Indian journal of veterinary science and animal husbandry - Volume 2,
Year: 1932
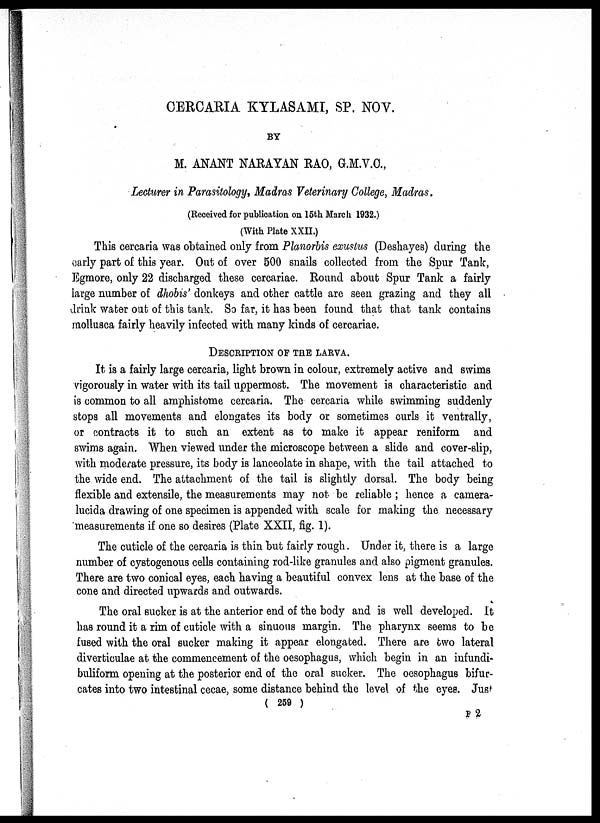
CERCARIA KYLASAMI, SP. NOV.
BY
M. ANANT NARAYAN RAO, G.M.V.C.,
Lecturer in Parasitology, Madras Veterinary College, Madras.
(Received for publication on 15th March 1932.)
(With Plate XXII.)
This cercaria was obtained only from Planorbis exustus (Deshayes) during the
carly part of this year. Out of over 500 snails collected from the Spur Tank,
Egmore, only 22 discharged these cercariae. Round about Spur Tank a fairly
large number of dhobis' donkeys and other cattle are seen grazing and they all
drink water out of this tank. So far, it has been found that that tank contains
mollusca fairly heavily infected with many kinds of cercariae.
DESCRIPTION OF THE LARVA.
It is a fairly large cercaria, light brown in colour, extremely active and swims
vigorously in water with its tail uppermost. The movement is characteristic and
is common to all amphistome cercaria. The cercaria while swimming suddenly
stops all movements and elongates its body or sometimes curls it ventrally,
or contracts it to such an extent as to make it appear reniform and
swims again. When viewed under the microscope between a slide and cover-slip,
with moderate pressure, its body is lanceolate in shape, with the tail attached to
the wide end. The attachment of the tail is slightly dorsal. The body being
flexible and extensile, the measurements may not be reliable; hence a camera¬
lucida drawing of one specimen is appended with scale for making the necessary
measurements if one so desires (Plate XXII, fig. 1).
The cuticle of the cercaria is thin but fairly rough. Under it, there is a large
number of cystogenous cells containing rod-like granules and also pigment granules.
There are two conical eyes, each having a beautiful convex lens at the base of the
cone and directed upwards and outwards.
The oral sucker is at the anterior end of the body and is well developed. It
has round it a rim of cuticle with a sinuous margin. The pharynx seems to be
fused with the oral sucker making it appear elongated. There are two lateral
diverticulae at the commencement of the oesophagus, which begin in an infundi¬
buliform opening at the posterior end of the oral sucker. The oesophagus bifur-
cates into two intestinal cecae, some distance behind the level of the eyes. Just
( 259 )
F 2